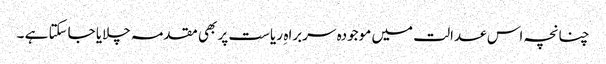
چنانچہ اس عدالت میں موجودہ سربراہ ِ ریاست پر بھی مقدمہ چلایا جاسکتا ہے ۔